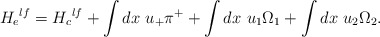
\begin{align*}{H_e}^{lf} = {H_c}^{lf} + \int dx~u_{+}\pi^{+}+\int dx~u_{1}\Omega_1 +\int dx~u_{2}\Omega_{2}.\end{align*}